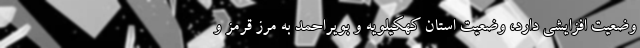
وضعیت افزایشی دارد، وضعیت استان کهکیلویه و بویراحمد به مرز قرمز و